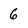
Character: 6